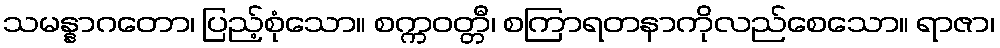
သမန္နာဂတော၊ ပြည့်စုံသော။ စက္ကဝတ္တီ၊ စကြာရတနာကိုလည်စေသော။ ရာဇာ၊